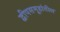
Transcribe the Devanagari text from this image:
द्वीपसमूहांतील